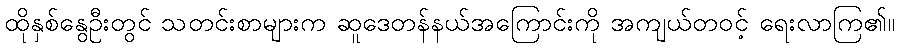
ထိုနှစ်နွေဦးတွင် သတင်းစာများက ဆူဒေတန်နယ်အကြောင်းကို အကျယ်တဝင့် ရေးလာကြ၏။